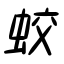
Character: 蛟